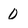
Character: 0